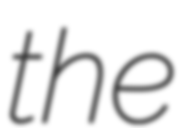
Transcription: the